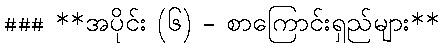
### **အပိုင်း (၆) - စာကြောင်းရှည်များ**